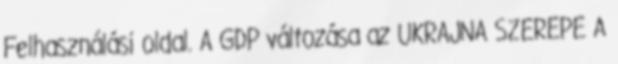
Felhasználási oldal. A GDP változása az UKRAJNA SZEREPE A